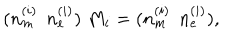
( n _ { m } ^ { ( i ) } \: \: n _ { e } ^ { ( i ) } ) \; M _ { i } = ( n _ { m } ^ { ( i ) } \: \: n _ { e } ^ { ( i ) } ) ,